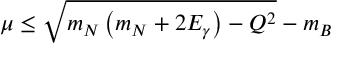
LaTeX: \mu \leq \sqrt { m _ { N } \left( m _ { N } + 2 E _ { \gamma } \right) - Q ^ { 2 } } - m _ { B }